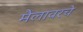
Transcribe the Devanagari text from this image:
मैलावरचे